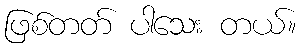
ဖြစ်တတ် ပါသေး တယ်။